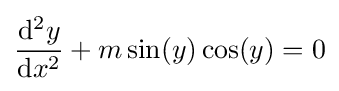
{\frac {\mathrm {d} ^{2}y}{\mathrm {d} x^{2}}}+m\sin(y)\cos(y)=0